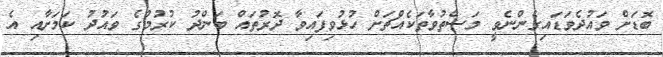
ބޮޑަށް ވައުދެވަޑައިގެންނެވީ މަސްތުވާތަކެއްޗަށް ހުޅުވިފައިވާ ދޮރުތައް ބަންދު ކުރުމުގެ ވައުދު ކަމަށާއި އެ